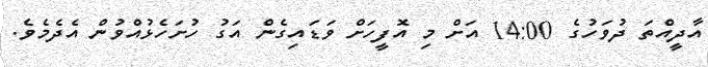
އާދީއްތަ ދުވަހުގެ 14:00 އަށް މި އޮފީހަށް ވަޑައިގެން އަގު ހުށަހެޅުއްވުން އެދެމެވެ.